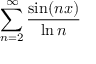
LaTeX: \sum _ { n = 2 } ^ { \infty } { \frac { \sin ( n x ) } { \ln n } }